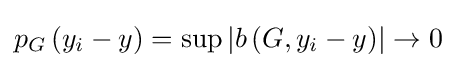
p_{G}\left(y_{i}-y\right)=\sup \left|b\left(G,y_{i}-y\right)\right|\to 0